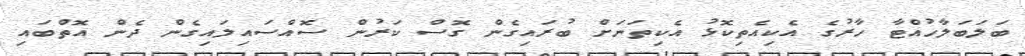
ބަލަބަލާހުއްޓާ ހާރުގެ އެކިއެތިކޮޅު އެކިތަނަށް ބުރައިގެން ގޮސް ކަރުން ސޮއްސައިލައިގެން ދެން އޮތްބައި